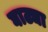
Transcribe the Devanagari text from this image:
घाट्या